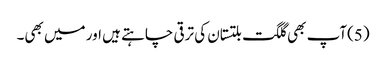
(5)آپ بھی گلگت بلتستان کی ترقی چاہتے ہیں اور میں بھی۔